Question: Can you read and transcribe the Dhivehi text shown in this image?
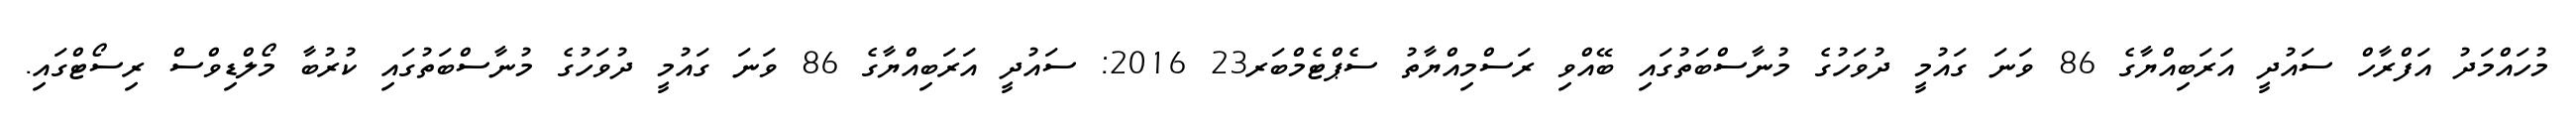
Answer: މުހައްމަދު އަފްރާހް ސައުދީ އަރަބިއްޔާގެ 86 ވަނަ ގައުމީ ދުވަހުގެ މުނާސްބަތުގައި ބޭއްވި ރަސްމިއްޔާތު ސެޕްޓެމްބަރ23 2016: ސައުދީ އަރަބިއްޔާގެ 86 ވަނަ ގައުމީ ދުވަހުގެ މުނާސްބަތުގައި ކުރުބާ މޯލްޑިވްސް ރިސޯޓްގައި.